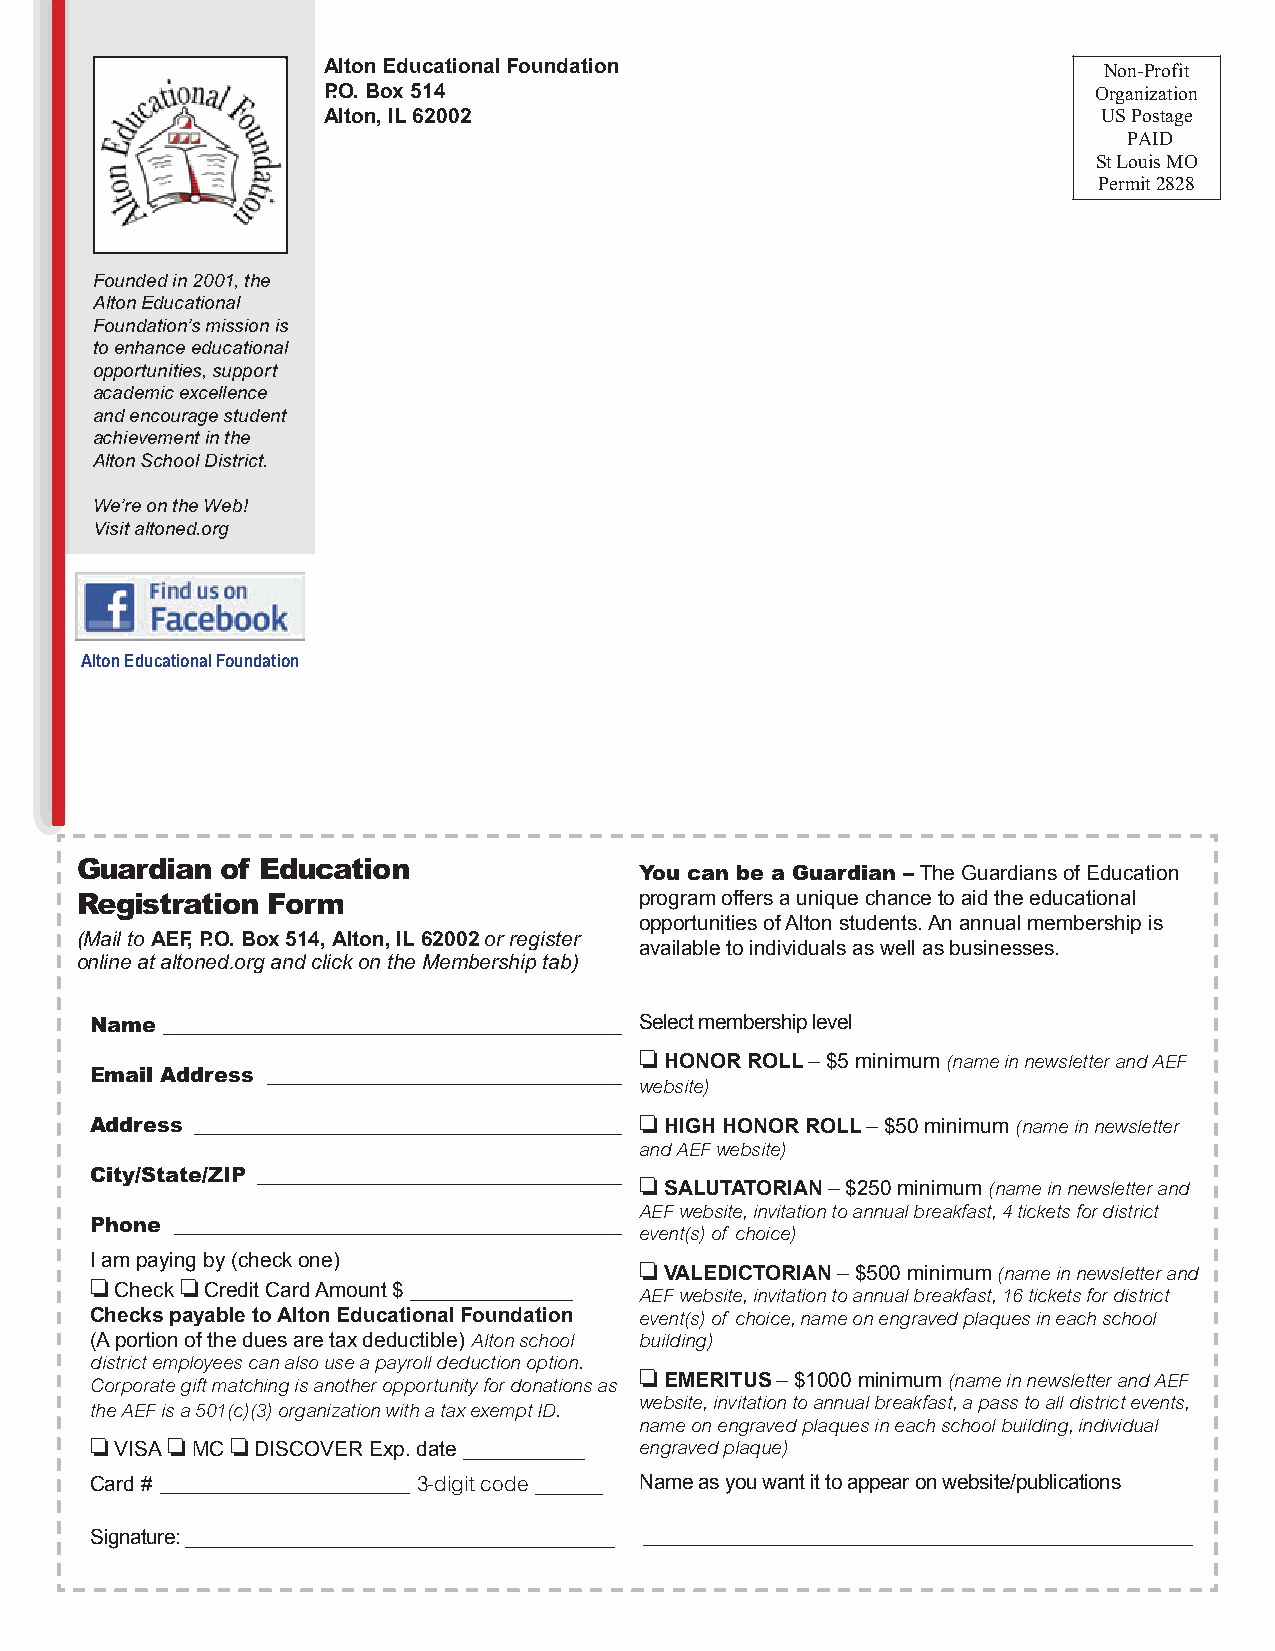
Alton Educational Foundation                        Non-Profit
 P.O. Box 514                                        Organization
 Alton, IL 62002                                     US Postage
 PAID
 St Louis MO
 Permit 2828
 Founded in 2001, the
 Alton Educational
 Foundation’s mission is
 to enhance educational
 opportunities, support
 academic excellence
 and encourage student
 achievement in the
 Alton School District.
 We’re on the Web!
 Visit altoned.org
 Alton Educational Foundation
 Guardian  of Education
 You can be a Guardian – The Guardians of Education
 Registration Form                    program offers a unique chance to aid the educational
 opportunities of Alton students. An annual membership is
 (Mail to AEF, P.O. Box 514, Alton, IL 62002 or register
 available to individuals as well as businesses.
 online at altoned.org and click on the Membership tab)
 Name ____________________________________________ Select membership level
 o HONOR ROLL – $5 minimum (name in newsletter and AEF
 Email Address __________________________________
 website)
 Address _________________________________________ o HIGH HONOR ROLL – $50 minimum (name in newsletter
 and AEF website)
 City/State/ZIP ___________________________________
 o SALUTATORIAN – $250 minimum (name in newsletter and
 AEF website, invitation to annual breakfast, 4 tickets for district
 Phone ___________________________________________
 event(s) of choice)
 I am paying by (check one)          o VALEDICTORIAN – $500 minimum (name in newsletter and
 o     o
 Check Credit Card Amount $ ______________ AEF website, invitation to annual breakfast, 16 tickets for district
 Checks payable to Alton Educational Foundation event(s) of choice, name on engraved plaques in each school
 (A portion of the dues are tax deductible) Alton school building)
 district employees can also use a payroll deduction option.
 Corporate gift matching is another opportunity for donations as o EMERITUS – $1000 minimum (name in newsletter and AEF
 website, invitation to annual breakfast, a pass to all district events,
 the AEF is a 501(c)(3) organization with a tax exempt ID.
 name on engraved plaques in each school building, individual
 o VISA o MC o DISCOVER Exp. date ___________ engraved plaque)
 Card # ________________________ 3-digit code ______ Name as you want it to appear on website/publications
 Signature: _______________________________________ __________________________________________________